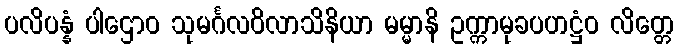
ပလိပန္နံ ပါဌောဝ သုမင်္ဂလဝိလာသိနိယာ မမ္မာနိ ဥက္ကာမုခပဟဋ္ဌံဝ လိတ္တေ